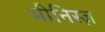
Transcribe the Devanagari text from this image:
मीनिस्ज़